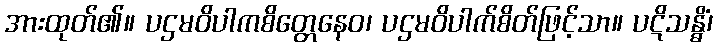
အားထုတ်၏။ ပဌမဝိပါကစိတ္တေနေဝ၊ ပဌမဝိပါက်စိတ်ဖြင့်သာ။ ပဋိသန္ဓိံ၊